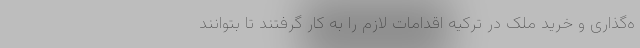
ه‌گذاری و خرید ملک در ترکیه اقدامات لازم را به کار گرفتند تا بتوانند